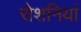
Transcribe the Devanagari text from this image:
रोशनियां